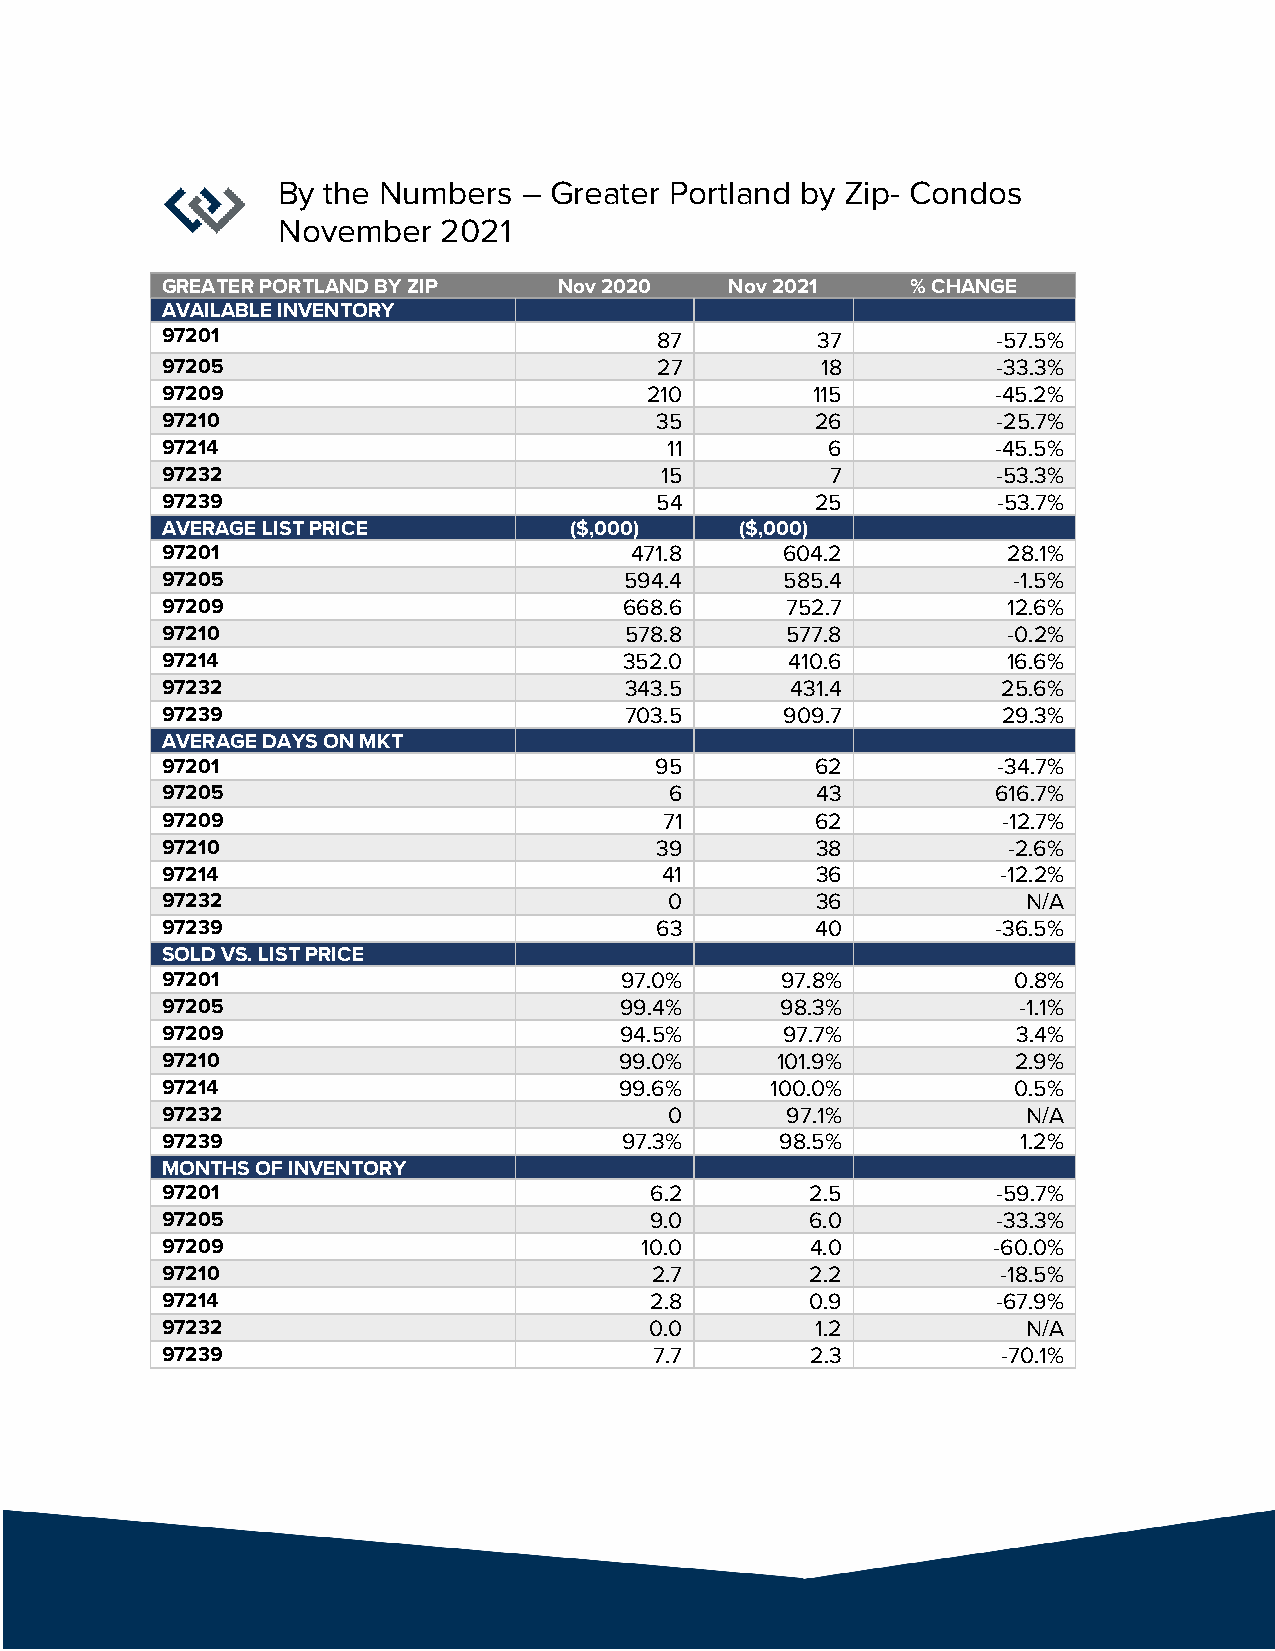
By the Numbers   – Greater Portland by Zip- Condos
 November   2021
 GREATER PORTLAND BY ZIP   Nov 2020   Nov 2021    % CHANGE
 AVAILABLE INVENTORY
 97201                            87        37          -57.5%
 97205                           27         18          -33.3%
 97209                           210        115         -45.2%
 97210                           35         26          -25.7%
 97214                            11         6          -45.5%
 97232                            15         7          -53.3%
 97239                           54         25          -53.7%
 AVERAGE LIST PRICE         ($,000)    ($,000)
 97201                          471.8     604.2          28.1%
 97205                         594.4      585.4          -1.5%
 97209                         668.6      752.7          12.6%
 97210                         578.8      577.8          -0.2%
 97214                         352.0      410.6          16.6%
 97232                         343.5      431.4         25.6%
 97239                         703.5      909.7         29.3%
 AVERAGE DAYS ON MKT
 97201                           95         62          -34.7%
 97205                            6         43          616.7%
 97209                            71        62          -12.7%
 97210                           39         38           -2.6%
 97214                            41        36          -12.2%
 97232                            0         36            N/A
 97239                           63         40          -36.5%
 SOLD VS. LIST PRICE
 97201                         97.0%      97.8%          0.8%
 97205                         99.4%      98.3%          -1.1%
 97209                         94.5%      97.7%          3.4%
 97210                         99.0%     101.9%          2.9%
 97214                         99.6%     100.0%          0.5%
 97232                            0       97.1%           N/A
 97239                         97.3%      98.5%           1.2%
 MONTHS OF INVENTORY
 97201                           6.2        2.5         -59.7%
 97205                           9.0        6.0         -33.3%
 97209                          10.0        4.0         -60.0%
 97210                           2.7        2.2         -18.5%
 97214                           2.8        0.9         -67.9%
 97232                           0.0        1.2           N/A
 97239                           7.7        2.3         -70.1%